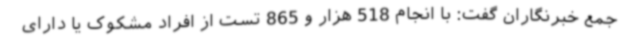
جمع خبرنگاران گفت: با انجام 518 هزار و 865 تست از افراد مشکوک یا دارای